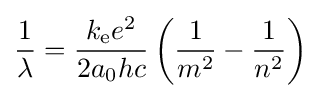
{\frac {1}{\lambda }}={\frac {k_{\mathrm {e} }e^{2}}{2a_{0}hc}}\left({\frac {1}{m^{2}}}-{\frac {1}{n^{2}}}\right)